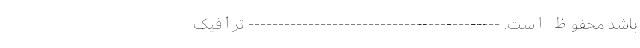
باشد محفوظ است. ------------------------------------------ ترافیک